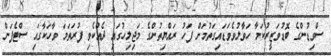
ސްވިޑުންގެ ބޮޑުވަޒީރުކަމާ ހަވާލުވެވަޑައިގަތުމަށް ފަހު ރައްޔިތުންގެ މަޖިލިހުގައި ދެއްކެވި ފުރަތަމަ ވާހަކާގައި ސްޓެފަން